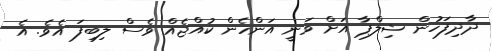
ދާދިފަހުން ޝިލްޕާ އަށް ވަނީ އަންހެން ކުއްޖެއް ވެސް ލިބިފަ އެވެ. އެ